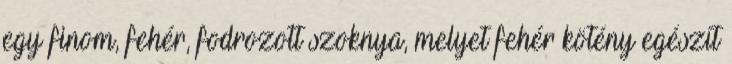
egy finom, fehér, fodrozott szoknya, melyet fehér kötény egészít